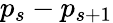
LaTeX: p_{s}-p_{s+1}